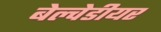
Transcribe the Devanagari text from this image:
बेल्वेडीयर